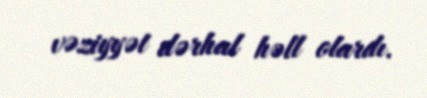
vəziyyət dərhal həll olardı.